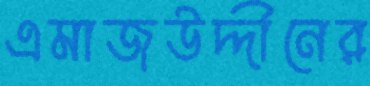
এমাজউদ্দীনের